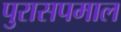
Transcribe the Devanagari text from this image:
पुरासपमाल